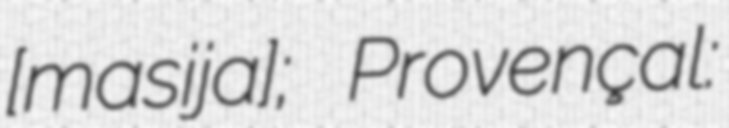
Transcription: ​[maʁsijaʁɡ]; Provençal: